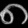
Digit: ၈